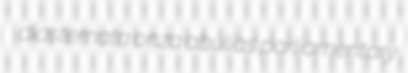
diastemata onza abulias parliamentary